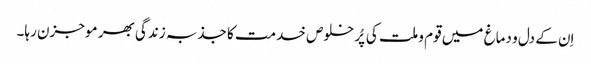
اِن کے دل و دماغ میں قوم و ملت کی پُر خلوص خدمت کا جذبہ زندگی بھر موجزن رہا۔